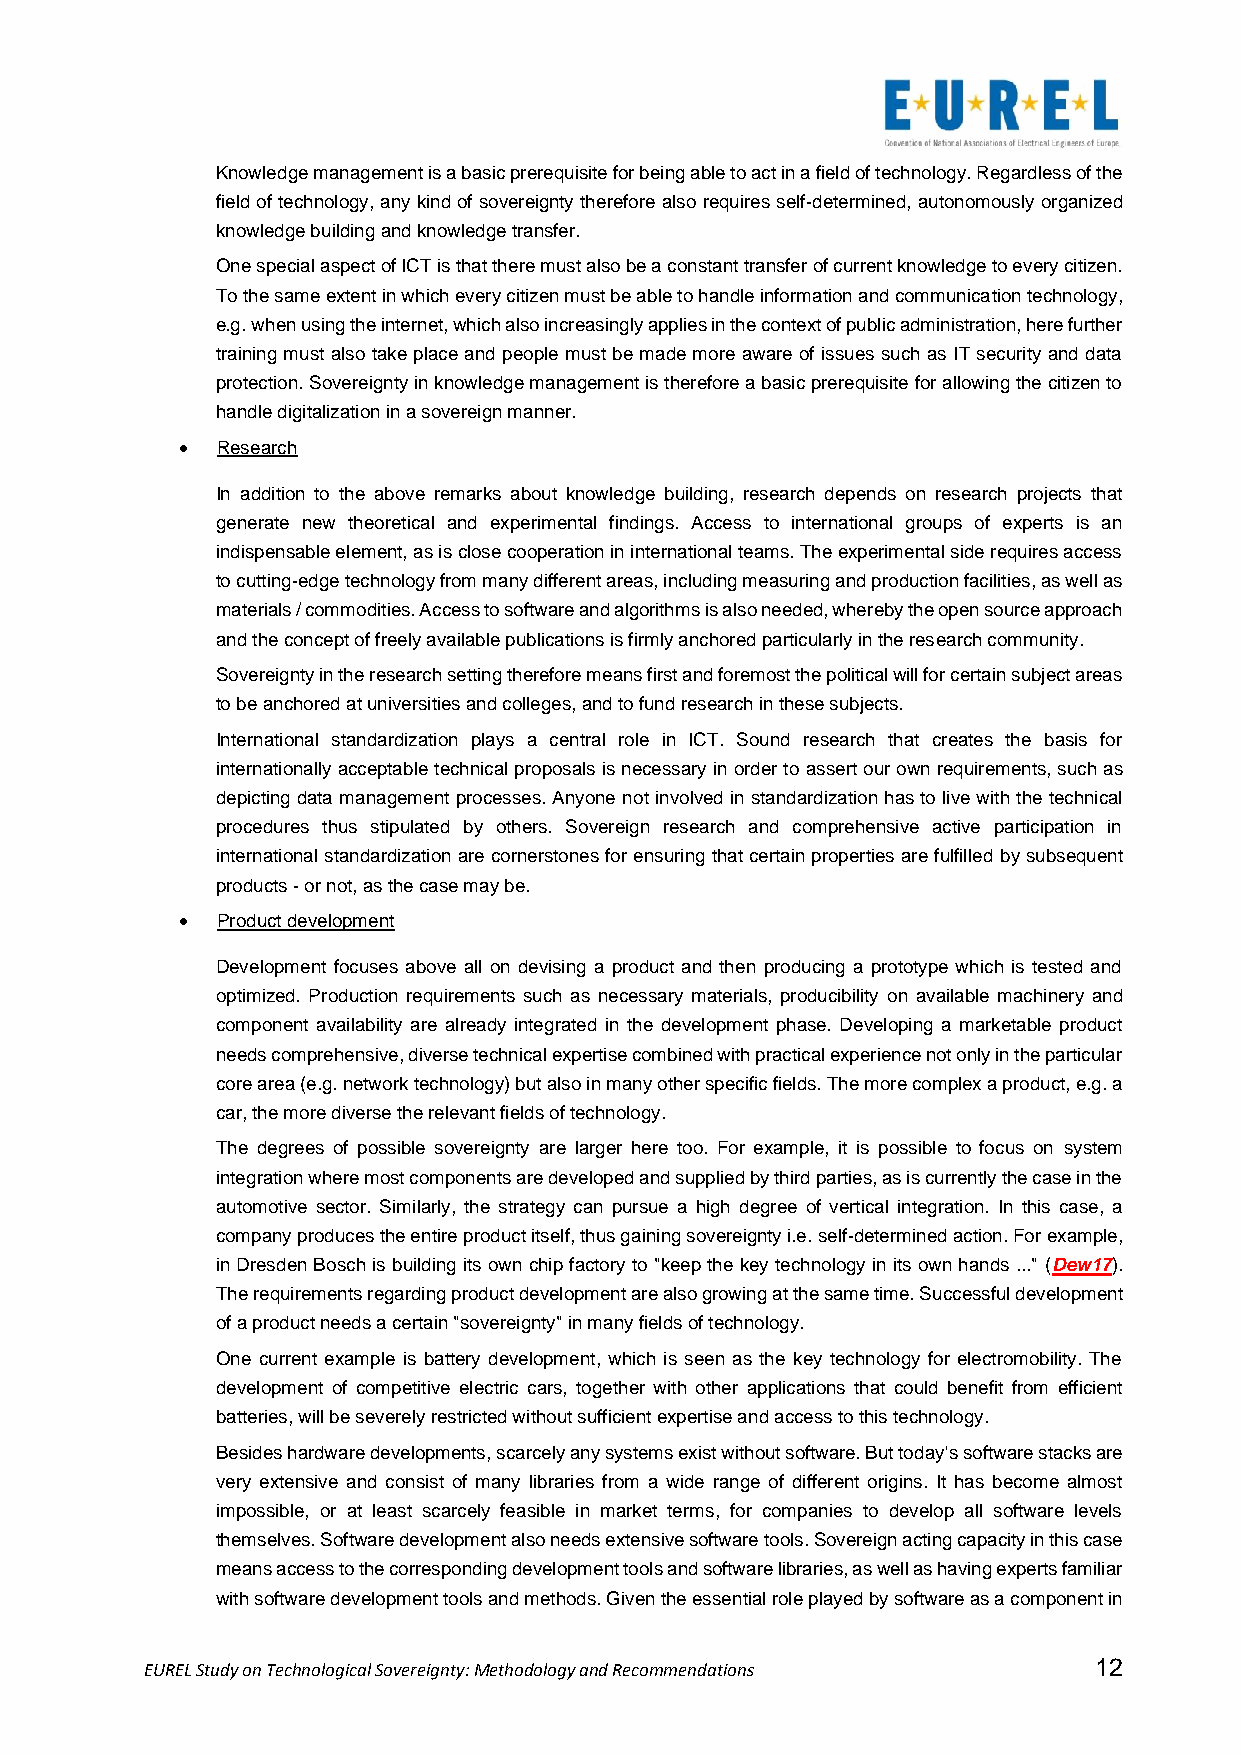
Knowledge management is a basic prerequisite for being able to act in a field of technology. Regardless of the
 field of technology, any kind of sovereignty therefore also requires self-determined, autonomously organized
 knowledge building and knowledge transfer.
 One special aspect of ICT is that there must also be a constant transfer of current knowledge to every citizen.
 To the same extent in which every citizen must be able to handle information and communication technology,
 e.g. when using the internet, which also increasingly applies in the context of public administration, here further
 training must also take place and people must be made more aware of issues such as IT security and data
 protection. Sovereignty in knowledge management is therefore a basic prerequisite for allowing the citizen to
 handle digitalization in a sovereign manner.
 • Research
 In addition to the above remarks about knowledge building, research depends on research projects that
 generate new theoretical and experimental findings. Access to international groups of experts is an
 indispensable element, as is close cooperation in international teams. The experimental side requires access
 to cutting-edge technology from many different areas, including measuring and production facilities, as well as
 materials / commodities. Access to software and algorithms is also needed, whereby the open source approach
 and the concept of freely available publications is firmly anchored particularly in the research community.
 Sovereignty in the research setting therefore means first and foremost the political will for certain subject areas
 to be anchored at universities and colleges, and to fund research in these subjects.
 International standardization plays a central role in ICT. Sound research that creates the basis for
 internationally acceptable technical proposals is necessary in order to assert our own requirements, such as
 depicting data management processes. Anyone not involved in standardization has to live with the technical
 procedures thus stipulated by others. Sovereign research and comprehensive active participation in
 international standardization are cornerstones for ensuring that certain properties are fulfilled by subsequent
 products - or not, as the case may be.
 • Product development
 Development focuses above all on devising a product and then producing a prototype which is tested and
 optimized. Production requirements such as necessary materials, producibility on available machinery and
 component availability are already integrated in the development phase. Developing a marketable product
 needs comprehensive, diverse technical expertise combined with practical experience not only in the particular
 core area (e.g. network technology) but also in many other specific fields. The more complex a product, e.g. a
 car, the more diverse the relevant fields of technology.
 The degrees of possible sovereignty are larger here too. For example, it is possible to focus on system
 integration where most components are developed and supplied by third parties, as is currently the case in the
 automotive sector. Similarly, the strategy can pursue a high degree of vertical integration. In this case, a
 company produces the entire product itself, thus gaining sovereignty i.e. self-determined action. For example,
 in Dresden Bosch is building its own chip factory to "keep the key technology in its own hands ..." (Dew17).
 The requirements regarding product development are also growing at the same time. Successful development
 of a product needs a certain "sovereignty" in many fields of technology.
 One current example is battery development, which is seen as the key technology for electromobility. The
 development of competitive electric cars, together with other applications that could benefit from efficient
 batteries, will be severely restricted without sufficient expertise and access to this technology.
 Besides hardware developments, scarcely any systems exist without software. But today's software stacks are
 very extensive and consist of many libraries from a wide range of different origins. It has become almost
 impossible, or at least scarcely feasible in market terms, for companies to develop all software levels
 themselves. Software development also needs extensive software tools. Sovereign acting capacity in this case
 means access to the corresponding development tools and software libraries, as well as having experts familiar
 with software development tools and methods. Given the essential role played by software as a component in
 EUREL Study on Technological Sovereignty: Methodology and Recommendations 12